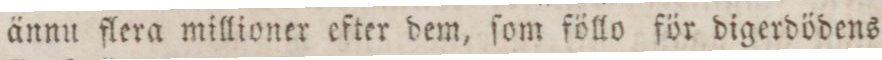
ännu flera millioner efter dem, ſom föllo för digerdödens